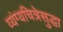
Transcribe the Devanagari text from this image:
व्यंग्यचित्रेसुद्धा